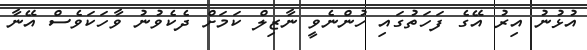
އުޅުނު އިރު އޭގެ ފަހަތުގައި ހުންނެވީ ނާޒިލް ކަމަށް ދެކެވުނު ވާހަކަވެސް އޭނާ